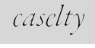
caselty